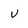
Character: v